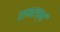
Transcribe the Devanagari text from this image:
रामरक्षां